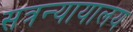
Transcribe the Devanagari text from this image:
सत्रन्यायालय